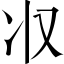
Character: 𠬧